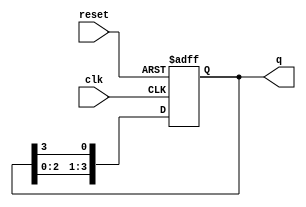
module bistable_ring_counter (
    input wire clk,          // Clock input
    input wire reset,        // Asynchronous reset input
    output reg [3:0] q       // 4-bit output
);

// Initial state
initial begin
    q = 4'b0001; // Initialize to the first state
end

// Sequential logic for the ring counter
always @(posedge clk or posedge reset) begin
    if (reset) begin
        q <= 4'b0001; // Reset to initial state
    end else begin
        // Shift the '1' to the left, wrapping around
        q <= {q[2:0], q[3]}; // Move the last bit to the front
    end
end

endmodule